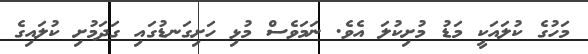
މަހުގެ ކުލައަކީ މަޑު މުށިކުލަ އެވެ. ނަމަވެސް މުޅި ހަށިގަނޑުގައި ގަދަމުށި ކުލައިގެ